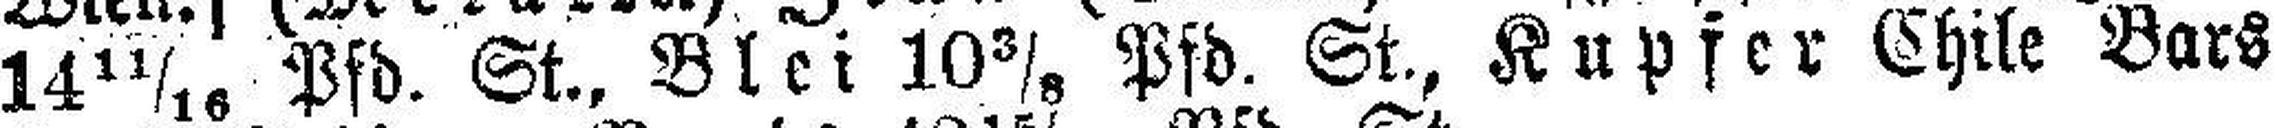
14 11/16 Pfd. St., Blei 10 3/8 Pfd. St., Kupfer Chile Bars